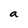
Character: a